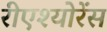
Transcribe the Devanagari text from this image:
रीएश्योरेंस